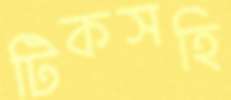
টিকসহি